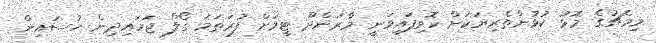
މިމެޗުގެ މޮޅު ކުޅުންތެރިޔަކަށް ހޮވިފައިވަނީ މާރަންދޫ ޓީމަށް ފުރަތަމަ ގޯލް ޖަހައިދިން ހުސައިން